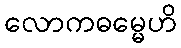
လောကဓမ္မေဟိ